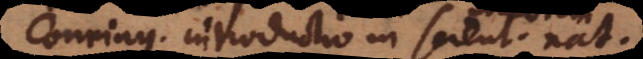
Conring[ii] introductio in scient[iam]